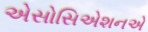
એસોસિએશનએ